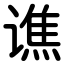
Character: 谯